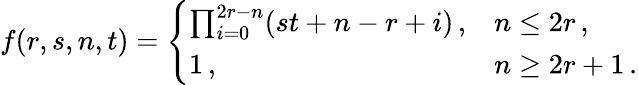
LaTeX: f(r,s,n,t)=\left\{ \begin{array}{ll}{{\prod_{i=0}^{2r-n}(st+n-r+i)\, ,}}&{{n\leq 2r\, ,}}\\ {{1\, ,}}&{{n\geq 2r+1\, .}}\end{array}\right.